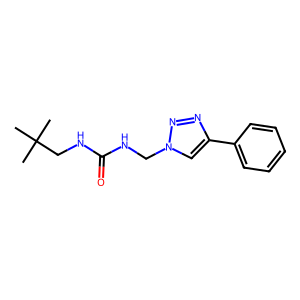
SMILES: CC(C)(C)CNC(=O)NCn1cc(-c2ccccc2)nn1
Inhibits HIV replication: No